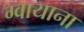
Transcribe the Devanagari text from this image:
ग्वायाना